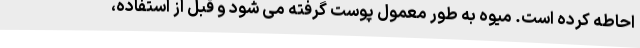
احاطه کرده است. میوه به طور معمول پوست گرفته می شود و قبل از استفاده،